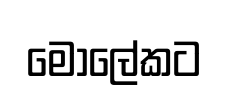
මොලේකට